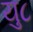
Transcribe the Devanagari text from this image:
यु८